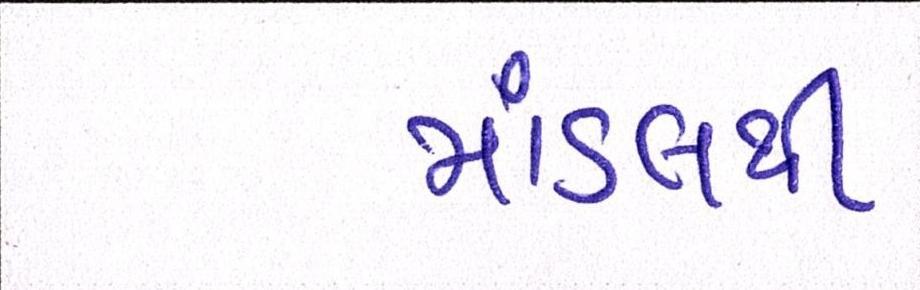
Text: માંડલથી